system: You are a helpful assistant.
user:
Analyze the provided spectrum to determine if it is a **Carbon Star (C-type)**.

- **Key Visual Indicators of Carbon Star:**
    - **(Primary):** Strong molecular absorption from **C₂ (diatomic carbon) "Swan Bands."** This is the **defining feature** of a carbon star.
        - **(Key Bandheads):** Sharp absorption edges are visible at approximately $5635$ Å, $5165$ Å (the strongest band), and $4737$ Å.
        - **(Line Profile):** Creates a distinct **"saw-tooth"** pattern. The key morphology is a sharp, steep bandhead on the **red (long-wavelength) side**, which then gradually tapers off (i.e., flux recovers) towards the **blue (short-wavelength) side**. *(This is the direct opposite of the TiO bands seen in M-type stars)*.

    - **(Secondary):** Intense **CN (cyanogen)** molecular absorption bands.
        - **(Key Bandheads):** Located in the blue and violet regions of the spectrum (e.g., near $4215$ Å and $3883$ Å).
        - **(Morphology):** These bands are extremely broad and act as a "blanket," absorbing the vast majority of blue and violet light. This creates a characteristic **"cliff"** or **"steep drop-off"** in the spectrum's flux at short wavelengths.

    - **(Key Confirmation):** Strong **CH absorption band (G-band)**.
        - **(Key Bandhead):** Located around $4300$ Å. The contribution from CH molecules to this band is exceptionally strong.

    - **(Overall Spectrum):**
        - The continuum is severely "chopped up" by these deep molecular bands, especially C₂, rather than appearing as a smooth curve.
        - Due to the heavy CN and C₂ absorption in the blue-green, the vast majority of the star's flux is concentrated in the red part of the spectrum, giving the star its characteristic deep red color.

Think first, call **spectral_visualization_tool** if needed to examine features in detail, then provide your final answer. Your response must adhere to the following strict rules:
1.  **Overall Structure:** Your response must follow the format `<think>...</think> <tool_call>...</tool_call> (if a tool is used) <answer>...</answer>`.
2.  **Tool Usage Constraint:** You may only make **one** tool call per turn.
3.  **Final Answer Format:** In the `<answer>` tag, your conclusion must be inside a `\boxed{}` command (e.g., `\boxed{YES}`), followed by your justification.

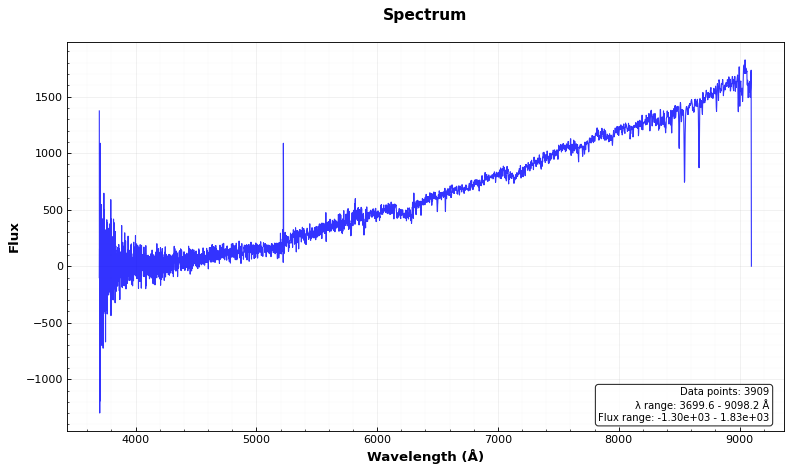
Answer: NO